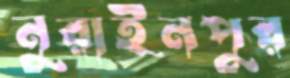
নুরাইনপুর